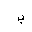
Letter: _ba